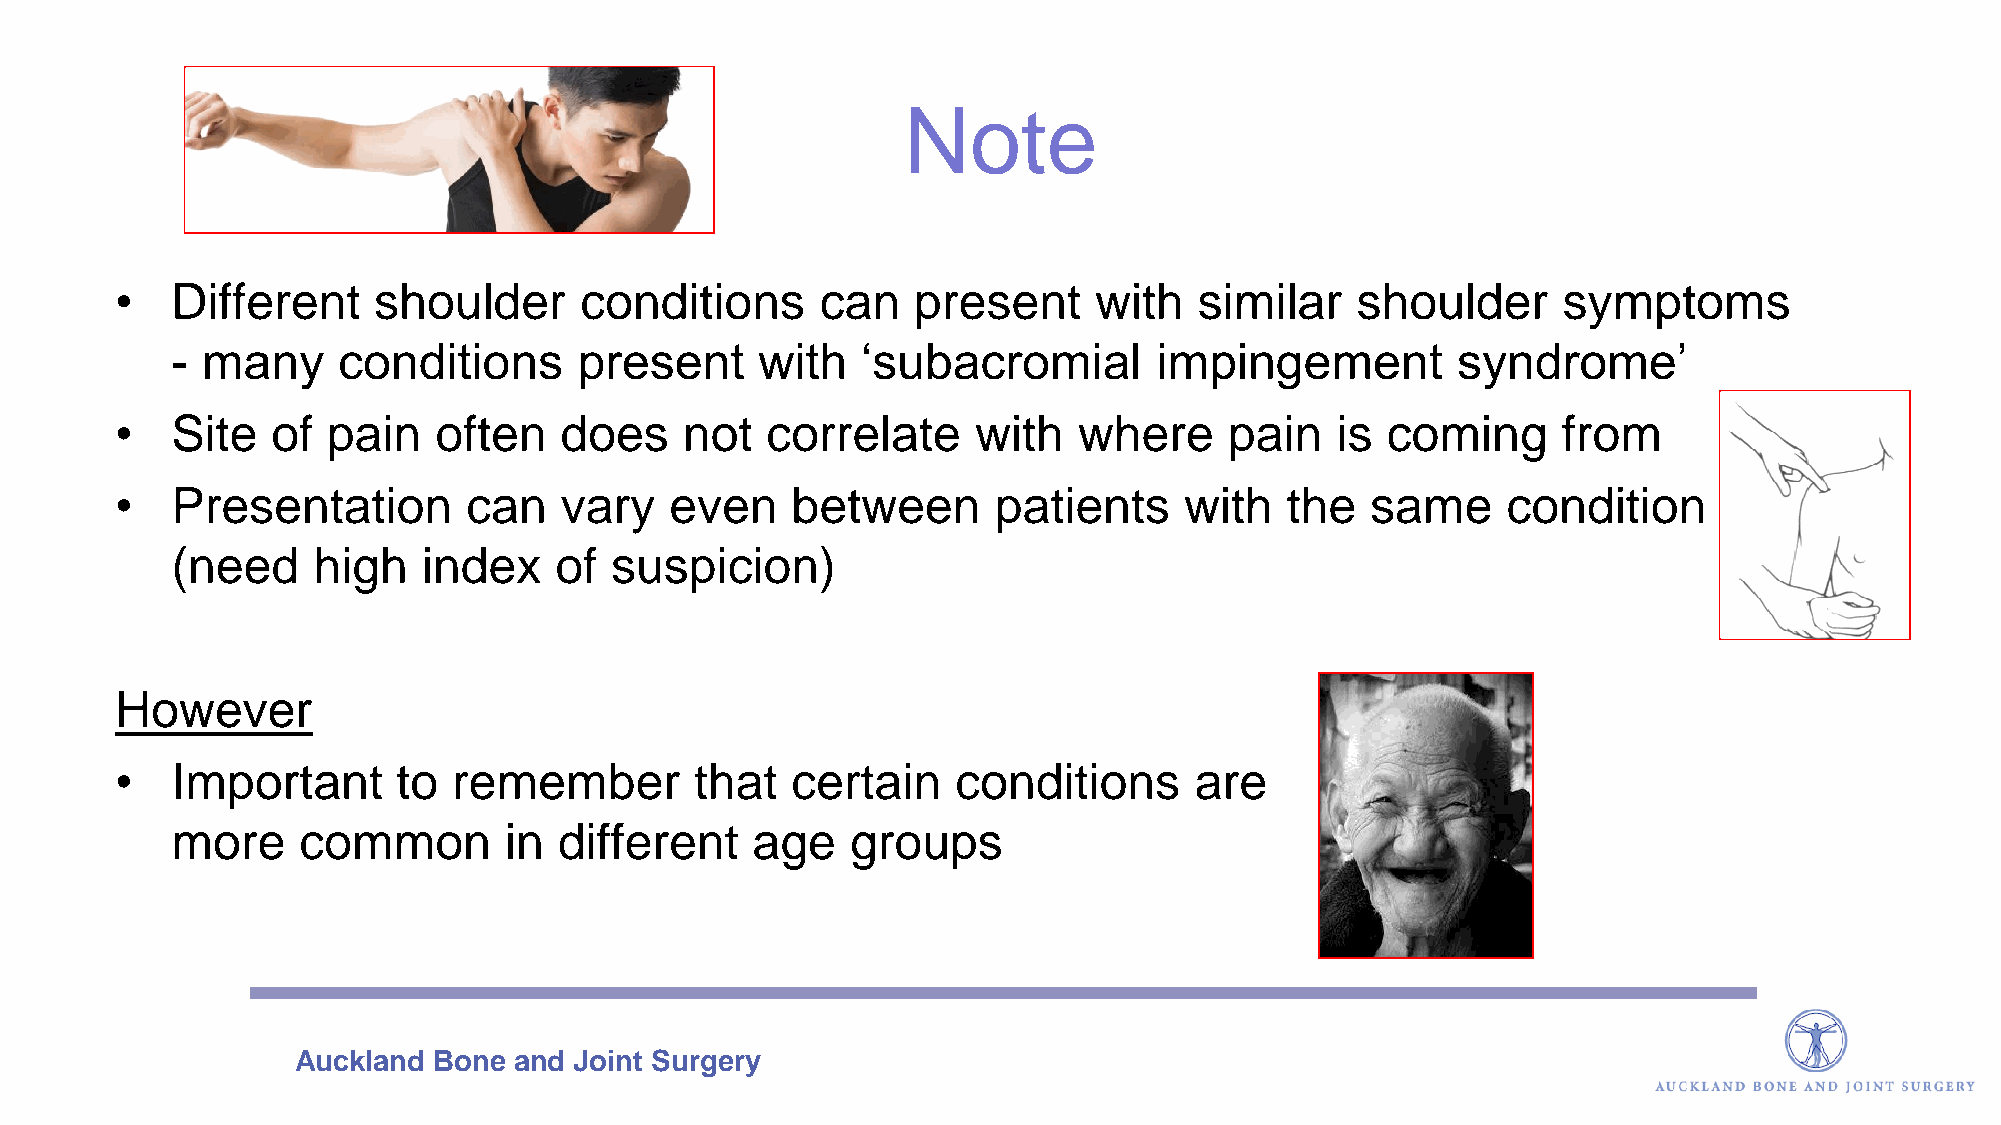
Note
 •  Different     shoulder     conditions      can   present     with   similar    shoulder     symptoms
 - many     conditions      present     with   ‘subacromial        impingement        syndrome’
 •  Site   of  pain   often   does    not   correlate     with  where     pain   is  coming     from
 •  Presentation        can   vary   even    between       patients    with   the   same     condition
 (need     high   index    of suspicion)
 However
 •  Important      to  remember        that  certain    conditions      are
 more     common       in  different    age   groups
 Auckland  Bone and Joint Surgery